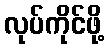
လုပ်ကိုင်ဖို့